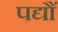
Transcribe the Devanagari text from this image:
पद्यौं